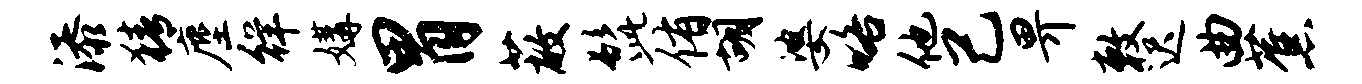
添猜麈徉媾胃蔽髭侑胡婆咯他己畀敕迟曲蕉